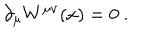
\partial _ { \mu } W ^ { \mu \nu } ( x ) = 0 \ .